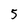
Character: 5